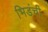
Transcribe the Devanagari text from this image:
भिडंची